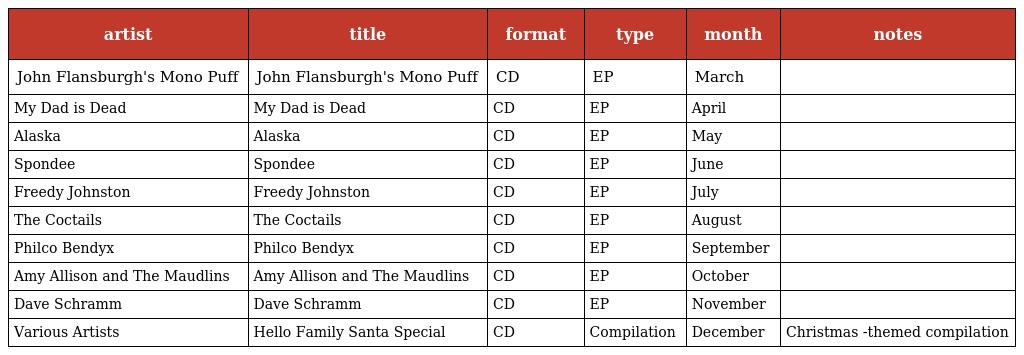
| artist | title | format | type | month | notes |
 | --- | --- | --- | --- | --- | --- |
 | John Flansburgh's Mono Puff | John Flansburgh's Mono Puff | CD | EP | March |  |
 | My Dad is Dead | My Dad is Dead | CD | EP | April |  |
 | Alaska | Alaska | CD | EP | May |  |
 | Spondee | Spondee | CD | EP | June |  |
 | Freedy Johnston | Freedy Johnston | CD | EP | July |  |
 | The Coctails | The Coctails | CD | EP | August |  |
 | Philco Bendyx | Philco Bendyx | CD | EP | September |  |
 | Amy Allison and The Maudlins | Amy Allison and The Maudlins | CD | EP | October |  |
 | Dave Schramm | Dave Schramm | CD | EP | November |  |
 | Various Artists | Hello Family Santa Special | CD | Compilation | December | Christmas -themed compilation |